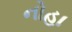
નોહા